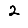
Digit: 2